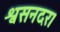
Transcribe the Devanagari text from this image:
श्वसनदर।